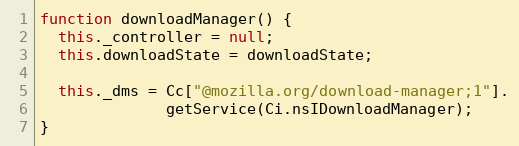
Language: JavaScript
function downloadManager() {
  this._controller = null;
  this.downloadState = downloadState;

  this._dms = Cc["@mozilla.org/download-manager;1"].
              getService(Ci.nsIDownloadManager);
}